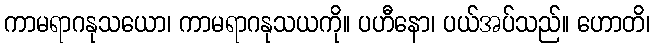
ကာမရာဂနုသယော၊ ကာမရာဂနုသယကို။ ပဟီနော၊ ပယ်အပ်သည်။ ဟောတိ၊